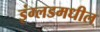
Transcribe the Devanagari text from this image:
इंग्लडमधील